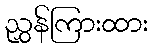
ညွှန်ကြားထား